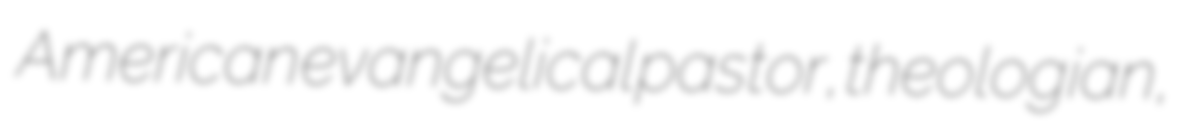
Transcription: American evangelical pastor, theologian,